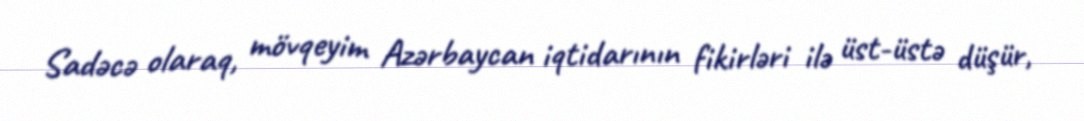
Sadəcə olaraq, mövqeyim Azərbaycan iqtidarının fikirləri ilə üst-üstə düşür,